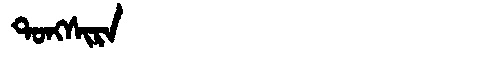
Manchu: ᡨᠣᠩᠰᡳᡵᠠ
Romanization: TONGSIRA